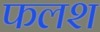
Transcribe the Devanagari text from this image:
फलश